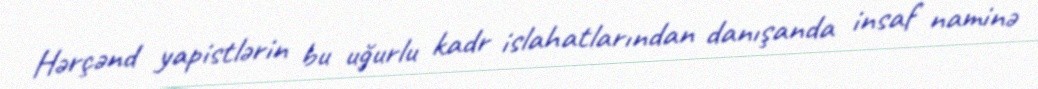
Hərçənd yapistlərin bu uğurlu kadr islahatlarından danışanda insaf naminə